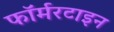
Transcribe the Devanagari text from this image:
फॉर्मरटाइन